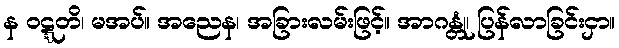
န ဝဋ္ဋတိ၊ မအပ်။ အညေန၊ အခြားလမ်းဖြင့်။ အာဂန္တုံ၊ ပြန်လာခြင်းငှာ။